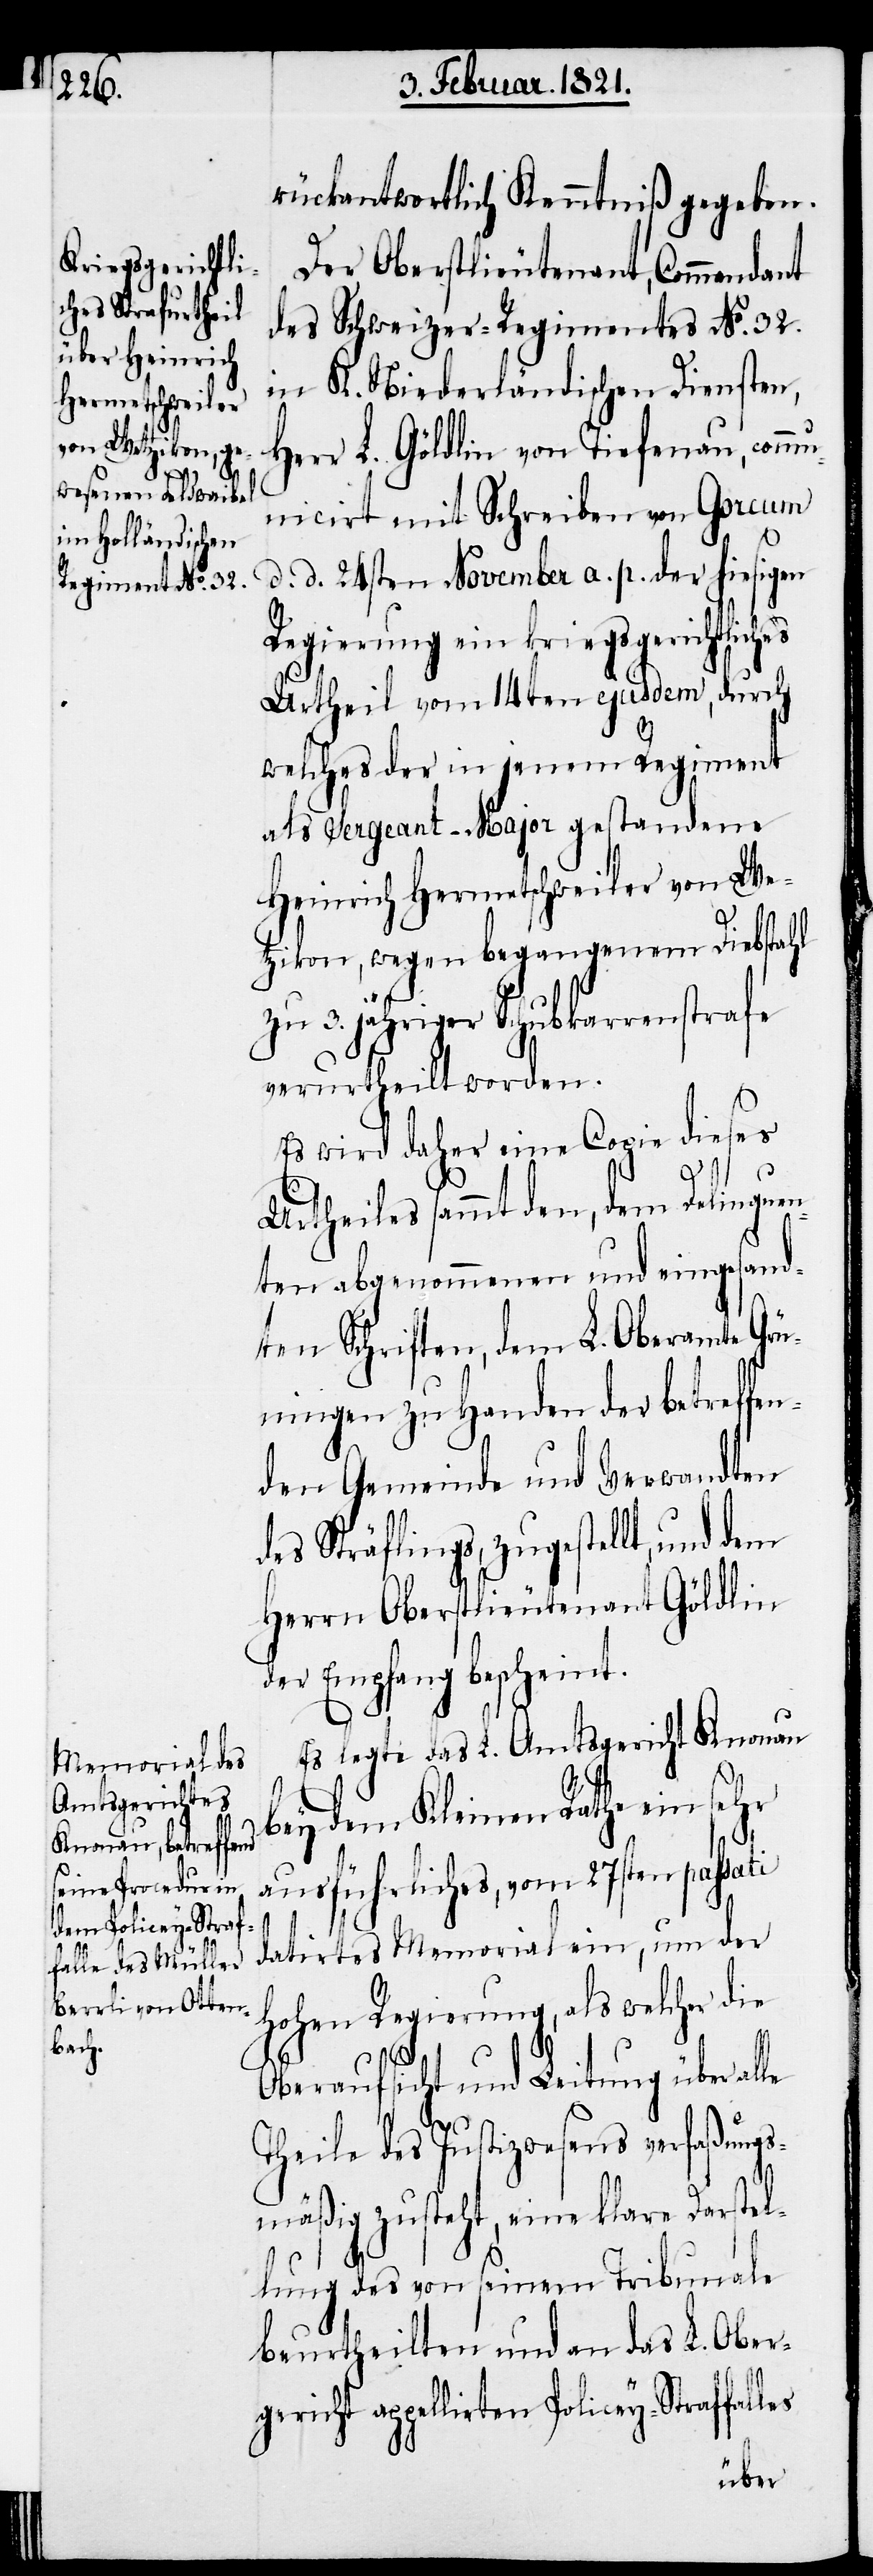
3.

rückantwortlich Kenntniß gegeben.
Der Oberstlieutenant, Commandant
des Schweizer-Regiments No. 32.
in K. Niederländischen Diensten,
Herr L. Göldlin von Tiefenau, comm¬
unicirt mit Schreiben von Gorcum
d. d. 24sten November a. p. der hiesigen
Regierung ein kriegsgerichtlich¬
Urtheil vom 14ten ejusdem, durch
welches der in jenem Regiment
als Sergeant-Major gestandene
Heinrich Hermetschweiler von We¬
tzikon, wegen begangenem Diebstahl
verurtheilt worden.
Es wird daher eine Copie dieses
Urtheiles sammt den, dem Delinqu¬
nten abgenommenen und eingesand¬
ten Schriften, dem L. Oberamte Grü¬
ningen zu Handen der betreffen¬
den Gemeinde und Verwandten
des Sträflings, zugestellt, und dem
Herrn Oberstlieutenant Göldlin
der Empfang bescheint.
Es legte das L. Amtsgericht Knonau
bey dem Kleinen Rathe ein sehr
ausführliches, vom 27ten passati
datirtes Memorial ein, um der
hohen Regierung, als welcher die
Oberaufsicht und Leitung über al¬
le
Theile des Justizwesens verfaßungs¬
mäßig zusteht, eine klare Darstel¬
lung des von seinem Tribunale
beurtheilten und an das L. Ober¬
gericht appellirten Policey-Straffalles